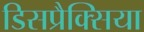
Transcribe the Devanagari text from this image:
डिसप्रैक्सिया